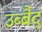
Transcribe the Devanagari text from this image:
उब्बैद्